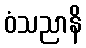
ဝံသညာနိ